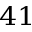
^ { 4 1 }